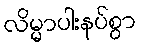
လိမ္မာပါးနပ်စွာ